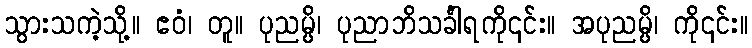
သွားသကဲ့သို့။ ဧဝံ၊ တူ။ ပုညမ္ပိ၊ ပုညာဘိသင်္ခါရကို၎င်း။ အပုညမ္ပိ၊ ကို၎င်း။